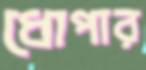
ধোপার